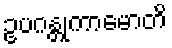
ဥပဂန္တုကာမောတိ